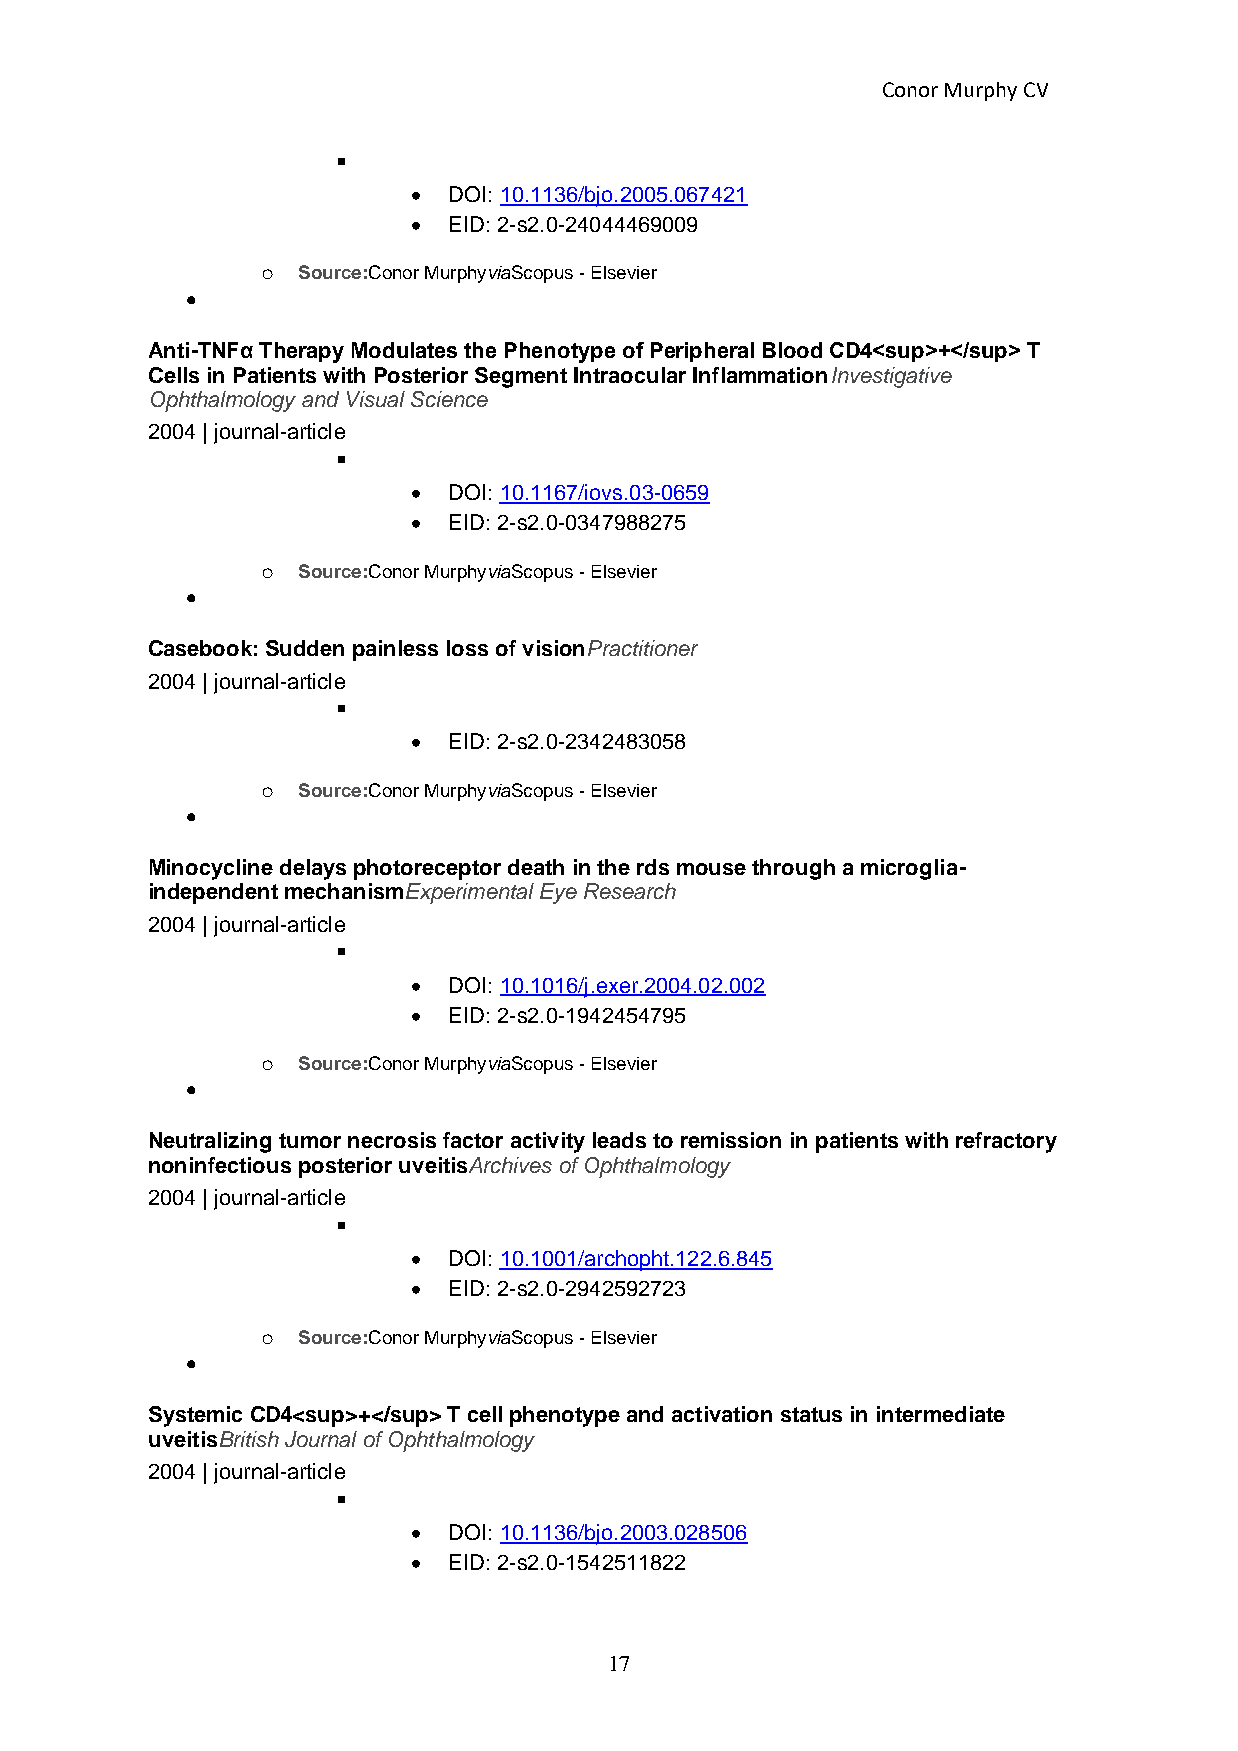
Conor Murphy CV
 ▪
 •  DOI: 10.1136/bjo.2005.067421
 •  EID: 2-s2.0-24044469009
 o  Source:Conor MurphyviaScopus - Elsevier
 •
 Anti-TNFα Therapy Modulates the Phenotype of Peripheral Blood CD4<sup>+</sup> T
 Cells in Patients with Posterior Segment Intraocular InflammationInvestigative
 Ophthalmology and Visual Science
 2004 | journal-article
 ▪
 •  DOI: 10.1167/iovs.03-0659
 •  EID: 2-s2.0-0347988275
 o  Source:Conor MurphyviaScopus - Elsevier
 •
 Casebook: Sudden painless loss of visionPractitioner
 2004 | journal-article
 ▪
 •  EID: 2-s2.0-2342483058
 o  Source:Conor MurphyviaScopus - Elsevier
 •
 Minocycline delays photoreceptor death in the rds mouse through a microglia-
 independent mechanismExperimental Eye Research
 2004 | journal-article
 ▪
 •  DOI: 10.1016/j.exer.2004.02.002
 •  EID: 2-s2.0-1942454795
 o  Source:Conor MurphyviaScopus - Elsevier
 •
 Neutralizing tumor necrosis factor activity leads to remission in patients with refractory
 noninfectious posterior uveitisArchives of Ophthalmology
 2004 | journal-article
 ▪
 •  DOI: 10.1001/archopht.122.6.845
 •  EID: 2-s2.0-2942592723
 o  Source:Conor MurphyviaScopus - Elsevier
 •
 Systemic CD4<sup>+</sup> T cell phenotype and activation status in intermediate
 uveitisBritish Journal of Ophthalmology
 2004 | journal-article
 ▪
 •  DOI: 10.1136/bjo.2003.028506
 •  EID: 2-s2.0-1542511822
 17